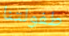
طفولتنا